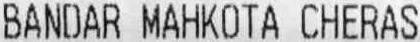
BANDAR MAHKOTA CHERAS